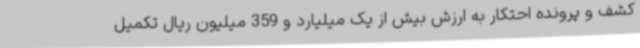
کشف و پرونده احتکار به ارزش بیش از یک میلیارد و 359 میلیون ریال تکمیل